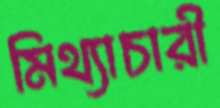
মিথ্যাচারী